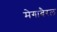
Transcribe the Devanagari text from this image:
मेगाबैरल